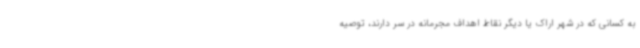
به کسانی که در شهر اراک یا دیگر نقاط اهداف مجرمانه در سر دارند، توصیه